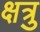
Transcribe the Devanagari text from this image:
क्षत्रु